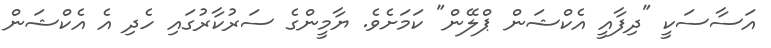
އަސާސަކީ "ދިފާއީ އެކްޝަން ޕްލޭން" ކަމަށެވެ. ޔާމީންގެ ސަރުކާރުގައި ހެދި އެ އެކްޝަން